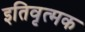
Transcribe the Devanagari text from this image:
इतिवृत्मक